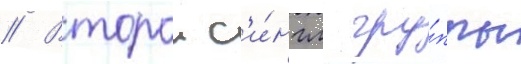
// Второи с'и́нгл гру́ппы